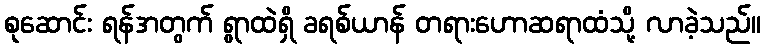
စုဆောင်း ရန်အတွက် ရွာထဲရှိ ခရစ်ယာန် တရားဟောဆရာထံသို့ လာခဲ့သည်။